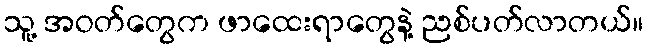
သူ့ အဝတ်တွေက ဖာထေးရာတွေနဲ့ ညစ်ပတ်လာတယ်။